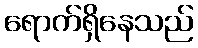
ရောက်ရှိနေသည်